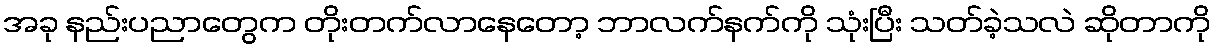
အခု နည်းပညာတွေက တိုးတက်လာနေတော့ ဘာလက်နက်ကို သုံးပြီး သတ်ခဲ့သလဲ ဆိုတာကို